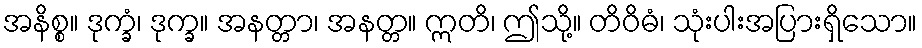
အနိစ္စ။ ဒုက္ခံ၊ ဒုက္ခ။ အနတ္တာ၊ အနတ္တ။ ဣတိ၊ ဤသို့။ တိဝိဓံ၊ သုံးပါးအပြားရှိသော။